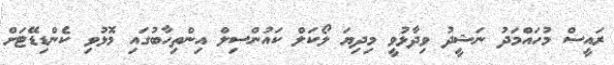
ރައީސް މުހައްމަދު ނަޝީދު ވިދާޅުވީ މިދިޔަ ލޯކަލް ކައުންސިލް އިންތިހާބުގައި މޮޅުވި ކެންޑިޑޭޓަށް